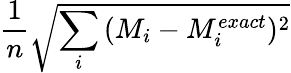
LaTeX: \frac{1}{n}\sqrt{\sum_{i}{(M_{i}-M_{i}^{exact})^{2}}}